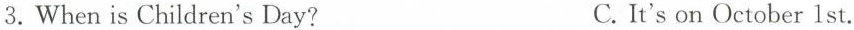
3.When is Children's Day? C.It's on October 1st.